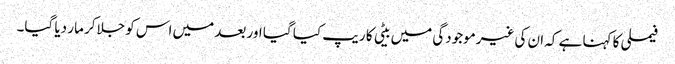
فیملی کا کہنا ہے کہ ان کی غیرموجودگی میں بیٹی کا ریپ کیا گیا اور بعد میں اس کو جلاکر مار دیا گیا۔